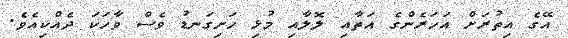
އޭގެ އިތުރަށް އަހަރެންގެ އަތާއި ލޮލާއި މުޅި ހަށިގަނޑު ވެސް ވާހަކަ ދެއްކިއެވެ.